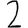
Digit: 2